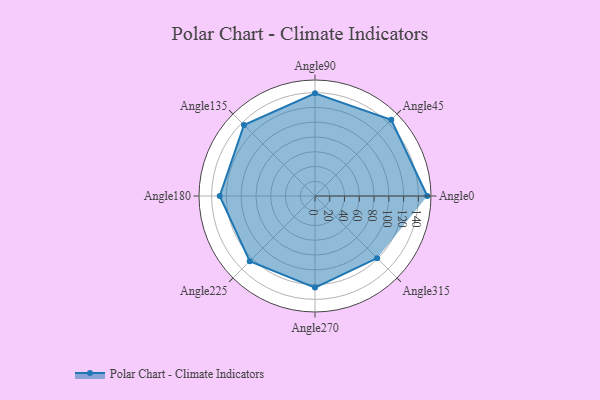
{"axis": {"x": "Angle", "y": "Radius"}, "legend": [""], "data": [{"x": "Angle0", "y": 152.0, "type": ""}, {"x": "Angle45", "y": 146.0, "type": ""}, {"x": "Angle90", "y": 139.0, "type": ""}, {"x": "Angle135", "y": 136.0, "type": ""}, {"x": "Angle180", "y": 129.0, "type": ""}, {"x": "Angle225", "y": 125.0, "type": ""}, {"x": "Angle270", "y": 124.0, "type": ""}, {"x": "Angle315", "y": 119.0, "type": ""}]}